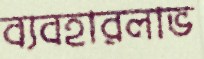
ব্যবহারলাভ